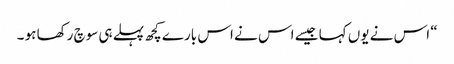
“ اس نے یوں کہا جیسے اس نے اس بارے کچھ پہلے ہی سوچ رکھا ہو ۔